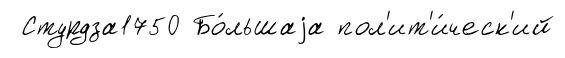
Стурдза1750 Бо́льшаjа пол'ит'и́ческ'ий